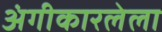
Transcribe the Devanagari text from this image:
अंगीकारलेला